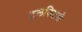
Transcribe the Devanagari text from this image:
टुलकिटची